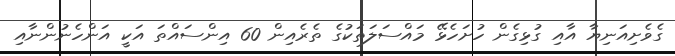
ގެވެށިއަނިޔާ އާއި ގުޅިގެން ހުށަހެޅޭ މައްސަލަތަކުގެ ތެރެއިން 60 އިންސައްތަ އަކީ އަންހެނުންނާއި